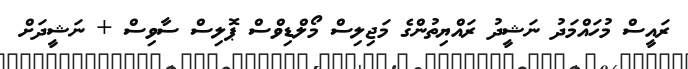
ރައީސް މުހައްމަދު ނަޝީދު ރައްޔިތުންގެ މަޖިލިސް މޯލްޑިވްސް ޕޮލިސް ސާވިސް + ނަޝީދަށް